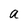
Character: a